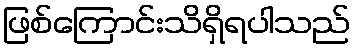
ဖြစ်ကြောင်းသိရှိရပါသည်